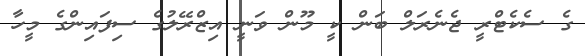
ގެ ސެކެޓްރީ ޖެނެރަލް ބަން ކީ މޫން ވަނީ އިޒްރޭލުގެ ސިފައިންގެ މީހާ